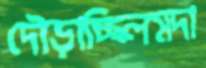
দৌড়াচ্ছিলমদা